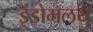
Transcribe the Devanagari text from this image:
इंडोमलय